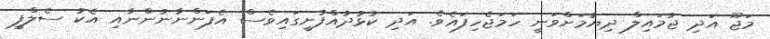
މަޖޫ އަދި ޖުމައިލް ދިޔުމަށްވަނީ ހަމަޖެހިފައެވެ. އަދި ކުޅުދުއްފުށީގައިވެސް އެފަންނާނުންނާއި އެކު ސެލްފީ